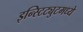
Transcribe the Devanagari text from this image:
इन्स्टिट्युटमध्ये